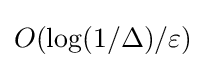
O(\log(1/\Delta )/\varepsilon )